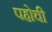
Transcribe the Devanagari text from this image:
पहोची